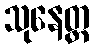
သုနေတ္တ